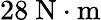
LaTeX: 28~\mathrm{N\cdot m}